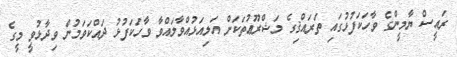
ރައީސް ޔާމީންގެ ވާހަކަފުޅުގައި ތަރައްޤިގެ މަޝްރޫޢުތަކަށް އަލިއަޅުއްވާލައްވާ ވާހަކަފުޅު ދައްކަވަމުން ވިދާޅުވީ މީގެ